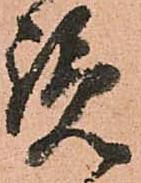
覧